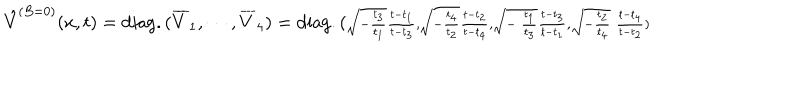
\hat { V } ^ { ( B = 0 ) } ( x , t ) = \mathrm { d i a g . } \, ( \overline { { { V } } } _ { 1 } , \cdots , \overline { { { V } } } _ { 4 } ) = \mathrm { d i a g . } \, ( \scriptstyle { { \sqrt { - { \frac { t _ { 3 } } { t _ { 1 } } } } { \frac { t - t _ { 1 } } { t - t _ { 3 } } } , \sqrt { - { \frac { t _ { 4 } } { t _ { 2 } } } } { \frac { t - t _ { 2 } } { t - t _ { 4 } } } , \sqrt { - { \ \frac { t _ { 1 } } { t _ { 3 } } } } { \frac { t - t _ { 3 } } { t - t _ { 1 } } } , \sqrt { - { \frac { t _ { 2 } } { t _ { 4 } } } } { \ \frac { t - t _ { 4 } } { t - t _ { 2 } } } } } )